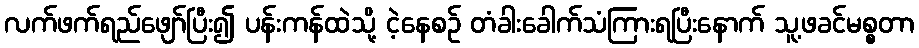
လက်ဖက်ရည်ဖျော်ပြီး၍ ပန်းကန်ထဲသို့ ငဲ့နေစဉ် တံခါးခေါက်သံကြားရပြီးနောက် သူ့ဖခင်မစ္စတာ